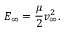
E _ { \infty } = \frac { \mu } { 2 } v _ { \infty } ^ { 2 } .